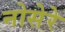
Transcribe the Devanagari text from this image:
नोसेरे